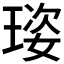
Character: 𤦾